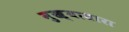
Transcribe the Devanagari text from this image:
मुख्याधारा